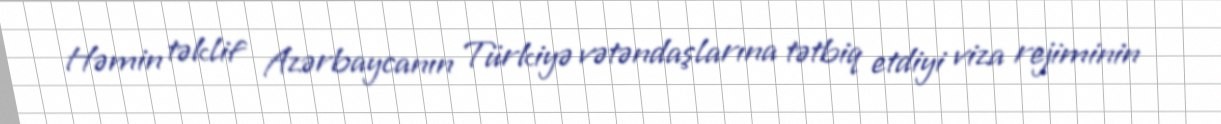
Həmin təklif Azərbaycanın Türkiyə vətəndaşlarına tətbiq etdiyi viza rejiminin